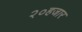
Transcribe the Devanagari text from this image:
२०हजार